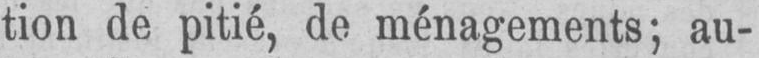
tion de pitié, de ménagements; au-